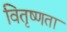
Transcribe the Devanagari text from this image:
वितृष्णता